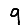
Digit: 9